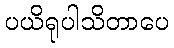
ပယိရုပါသိတာပေ